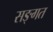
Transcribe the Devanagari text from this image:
सङ्गत